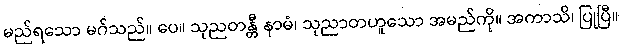
မည်ရသော မဂ်သည်။ ပေ။ သုညတန္တီ နာမံ၊ သုညာတဟူသော အမည်ကို။ အကာသိ၊ ပြုပြီ။